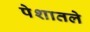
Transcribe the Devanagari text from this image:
पेशातले